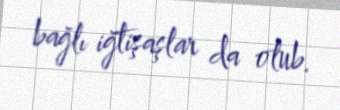
bağlı iğtişaşlar da olub.